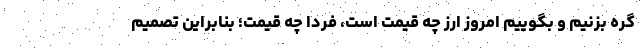
گره بزنیم و بگوییم امروز ارز چه قیمت است، فردا چه قیمت؛ بنابراین تصمیم